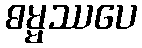
ဓမ္မဿပေ